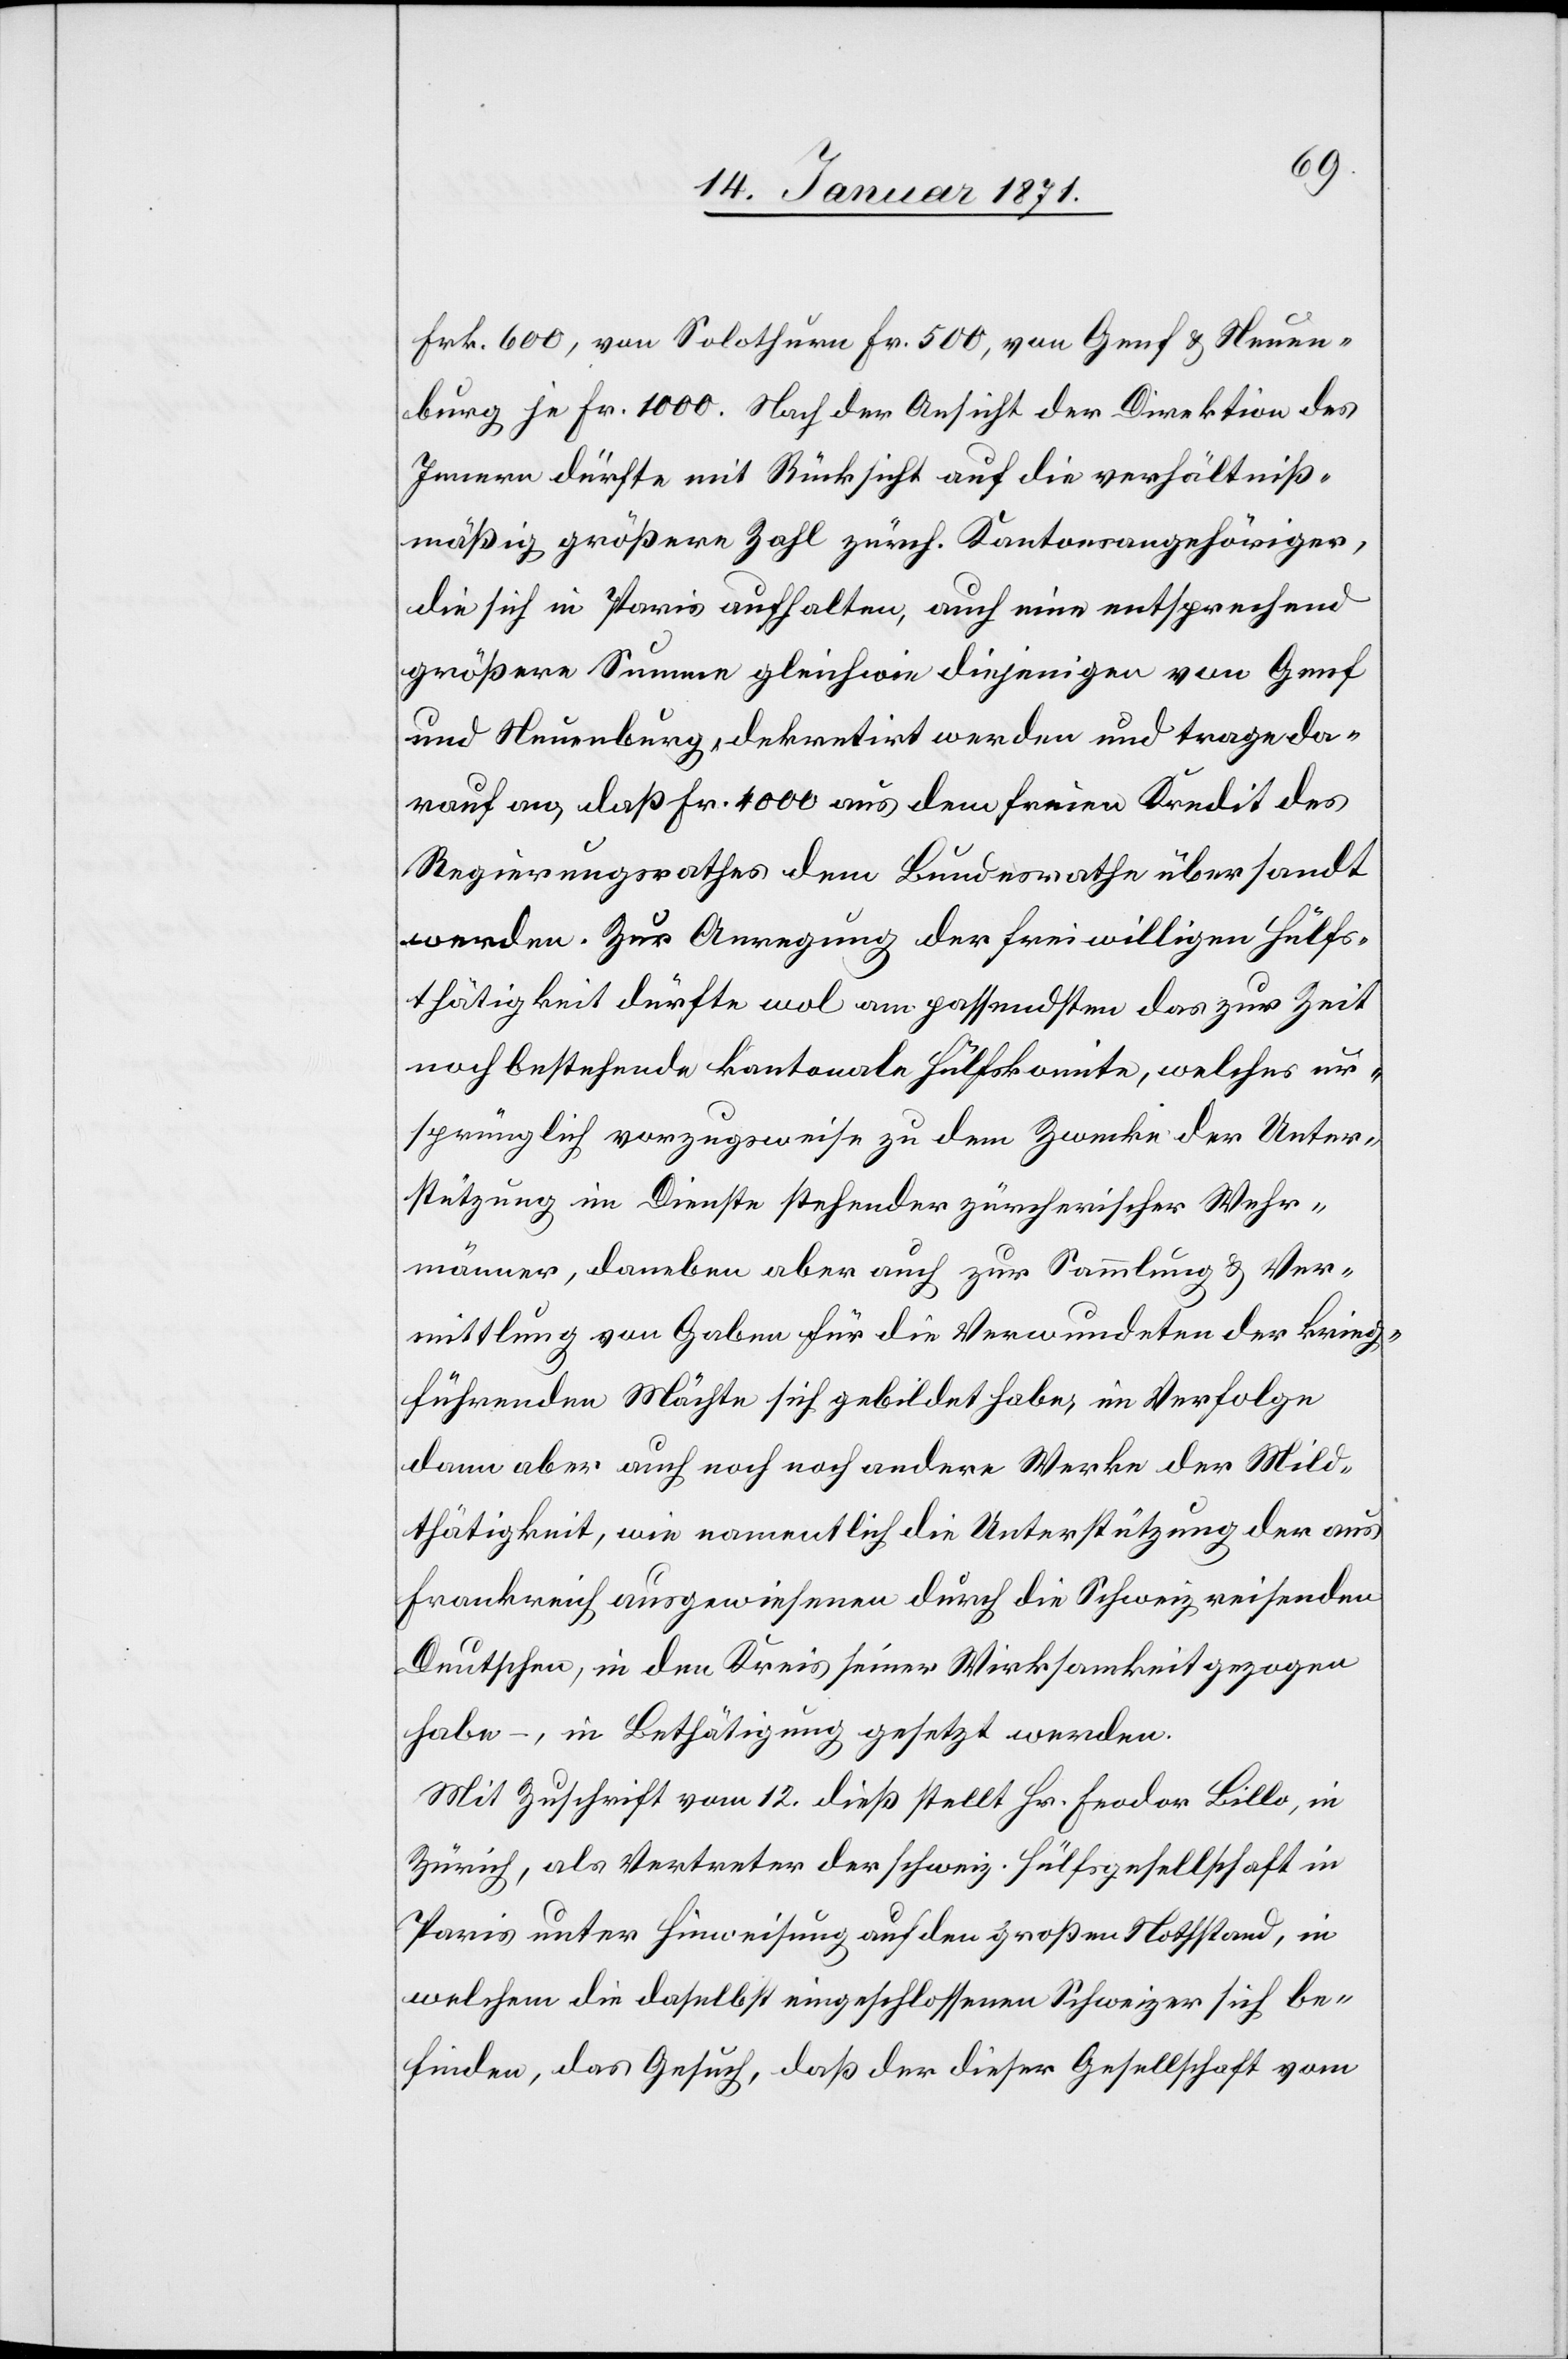
Frk. 600, von Solothurn Fr. 500, von Genf u. Neuen¬
burg je Fr. 1000. Nach der Ansicht der Direktion des
Innern dürfte mit Rücksicht auf die verhältniß¬
mäßig größere Zahl zürch. Kantonsangehöriger,
die sich in Paris aufhalten, auf eine entsprechend
größere Summe gleichwie diejenigen von Genf
und Neuenburg, dekretirt werden und trage da¬
rauf an, daß Fr. 4000 aus dem freien Kredit des
Regierungsrathes dem Bundesrathe übersandt
werden. Zur Anregung der freiwilligen Hülfs¬
thätigkeit dürfte wol am passendsten das zur Zeit
noch bestehende kantonale Hülfskomite, welches ur¬
sprünglich vorzugsweise zu dem Zwecke der Unter¬
stützung im Dienste stehender zürcherischer Wehr¬
männer, daneben aber auch zur Sammlung u. Ver¬
mittlung von Gaben für die Verwundeten der Krieg¬
führenden Mächte sich gebildet habe, im Verfolge
dann aber auch noch noch [sic!] andere Werke der Mild¬
thätigkeit, wie namentlich die Unterstützung der aus
Frankreich ausgewiesenen durch die Schweiz reisenden
Deutschen, in den Kreis seiner Wirksamkeit gezogen
habe –, in Bethätigung gesetzt werden.
Mit Zuschrift vom 12. dieß stellt Hr. Feodor Lillo, in
Zürich, als Vertreter der schweiz. Hülfsgesellschaft in
Paris unter Hinweisung auf den großen Nothstand, in
welchem die daselbst eingeschlossenen Schweizer sich be¬
finden, das Gesuch, daß der dieser Gesellschaft vom